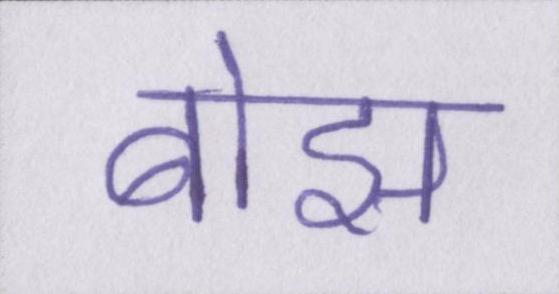
बोझ